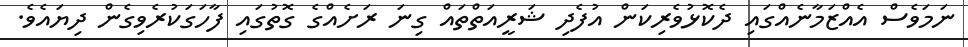
ނަމަވެސް އެއްޒަމާނެއްގައި ދެކޮޅުވެރިކަން އުފެދި ޝަރީއަތްތައް ގިނަ ރަށެއްގެ ގޮތުގައި ފާހަގަކުރެވިގެން ދިޔައެވެ.